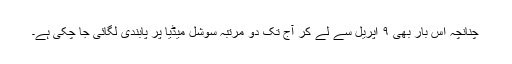
چنانچہ اس بار بھی ۹ اپریل سے لے کر آج تک دو مرتبہ سوشل میڈیا پر پابندی لگائی جا چکی ہے۔